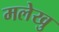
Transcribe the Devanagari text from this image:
मलेखु